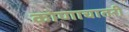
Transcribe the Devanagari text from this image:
कोणाचातरी